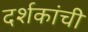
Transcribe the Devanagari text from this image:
दर्शकांची